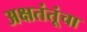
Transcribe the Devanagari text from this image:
अक्षतंतूंचा